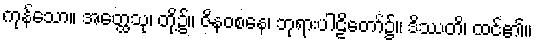
ကုန်သော။ အတ္ထေသု၊ တို့၌။ ဇိနဝစနေ၊ ဘုရားပါဠိတော်၌။ ဒိဿတိ၊ ထင်၏။